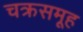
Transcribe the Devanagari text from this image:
चक्रसमूह